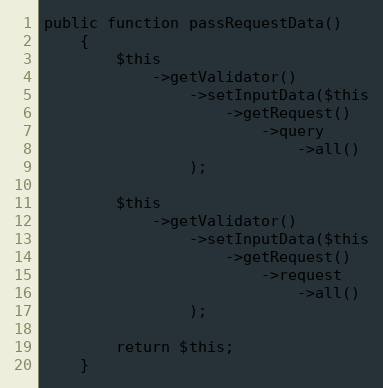
Language: PHP
public function passRequestData()
    {
        $this
            ->getValidator()
                ->setInputData($this
                    ->getRequest()
                        ->query
                            ->all()
                );

        $this
            ->getValidator()
                ->setInputData($this
                    ->getRequest()
                        ->request
                            ->all()
                );

        return $this;
    }